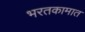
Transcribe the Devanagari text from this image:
भरतकामात